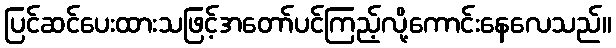
ပြင်ဆင်ပေးထားသဖြင့်အတော်ပင်ကြည့်လို့ကောင်းနေလေသည်။